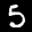
Label: 5